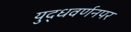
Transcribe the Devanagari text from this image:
युद्धवर्णनपर